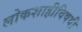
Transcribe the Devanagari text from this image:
लोकशाहीविषयी